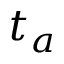
t _ { a }